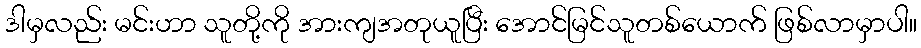
ဒါမှလည်း မင်းဟာ သူတို့ကို အားကျအတုယူပြီး အောင်မြင်သူတစ်ယောက် ဖြစ်လာမှာပါ။